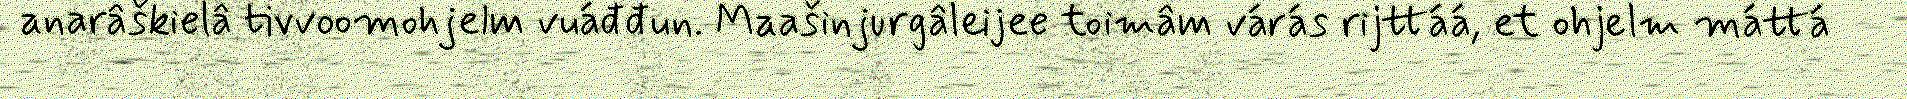
anarâškielâ tivvoomohjelm vuáđđun. Maašinjurgâleijee toimâm várás rijttáá, et ohjelm máttá